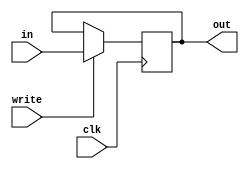
module PC(clk, write, in, out);

input wire clk;
input wire write;
input wire [31:0] in;

output wire [31:0] out;

reg [31:0] pc = 0;

always @(posedge clk) begin
    if (write) pc <= in;
end

assign out = pc;

endmodule